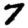
Digit: 7